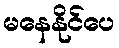
မနေနိုင်ပေ